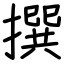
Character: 撰